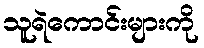
သူရဲကောင်းများကို